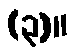
(၃)။